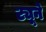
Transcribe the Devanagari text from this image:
ट्यूने